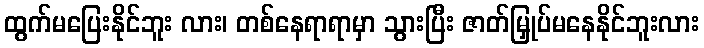
ထွက်မပြေးနိုင်ဘူး လား၊ တစ်နေရာရာမှာ သွားပြီး ဇာတ်မြှုပ်မနေနိုင်ဘူးလား